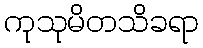
ကုသုမိတသိခရာ